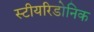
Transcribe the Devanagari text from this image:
स्टीयरिडोनिक